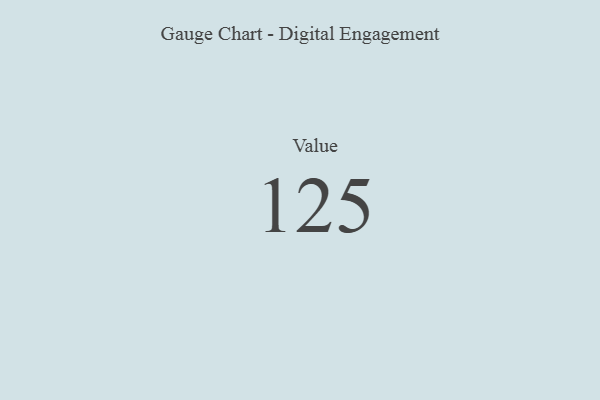
{"axis": {"x": "Metric", "y": "Value"}, "legend": [""], "data": [{"x": "Value", "y": 125, "type": ""}]}